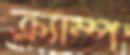
ক্র্যাম্প